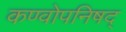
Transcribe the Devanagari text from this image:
कण्वोपनिषद्‌